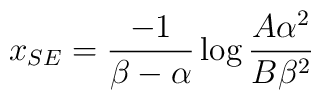
{x_{SE} = {-1 \over {\beta - \alpha}} \log { {A {\alpha}^2} \over {B {\beta}^2}}}